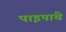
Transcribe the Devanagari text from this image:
पाइपांचे